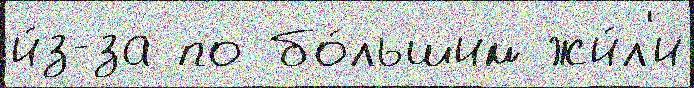
и́з-за по бо́льшим жи́л'и